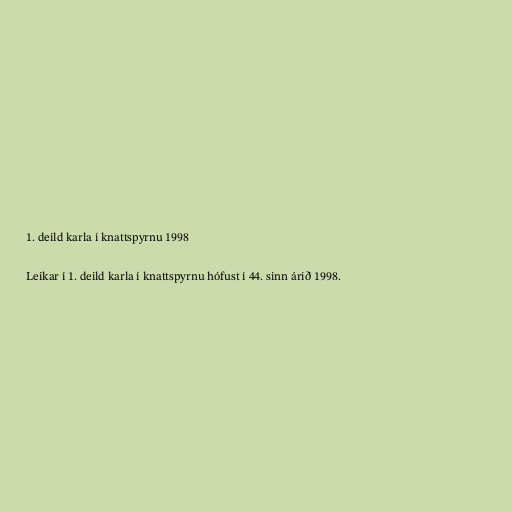
1. deild karla í knattspyrnu 1998

Leikar í 1. deild karla í knattspyrnu hófust í 44. sinn árið 1998.